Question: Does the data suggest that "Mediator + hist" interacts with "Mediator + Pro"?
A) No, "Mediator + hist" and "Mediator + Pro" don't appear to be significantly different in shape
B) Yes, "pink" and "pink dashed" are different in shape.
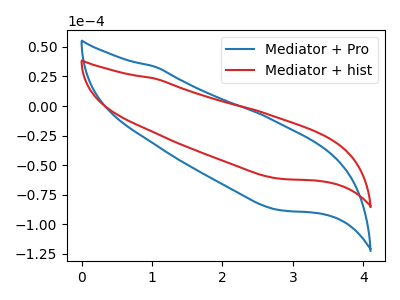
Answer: <think>The blue curve "Mediator + Pro" has no peaks. The red curve "Mediator + hist" has no peaks.
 Neither "Mediator + hist" or "Mediator + Pro" have any peaks.</think>
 <answer>A) No, "Mediator + hist" and "Mediator + Pro" don't appear to be significantly different in shape</answer>
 <eval>A</eval>